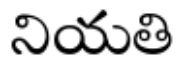
నియతి